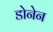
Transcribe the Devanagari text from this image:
डोनेन